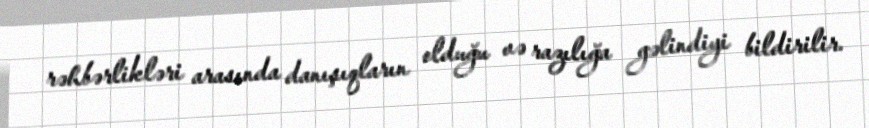
rəhbərlikləri arasında danışıqların olduğu və razılığa gəlindiyi bildirilir.